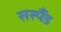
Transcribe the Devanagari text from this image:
सस्पैंड